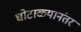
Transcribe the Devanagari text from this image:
घोटाळ्यानंतर